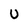
Character: U